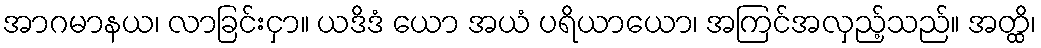
အာဂမာနယ၊ လာခြင်းငှာ။ ယဒိဒံ ယော အယံ ပရိယာယော၊ အကြင်အလှည့်သည်။ အတ္ထိ၊